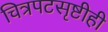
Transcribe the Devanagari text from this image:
चित्रपटसृष्टीही